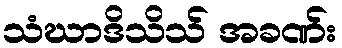
သံဃာဒိသိသ် အခဏ်း